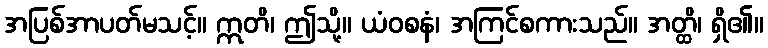
အပြစ်အာပတ်မသင့်။ ဣတိ၊ ဤသို့။ ယံဝစနံ၊ အကြင်စကားသည်။ အတ္ထိ၊ ရှိ၏။